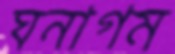
ঘনাগম